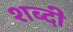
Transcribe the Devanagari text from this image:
शब्दी